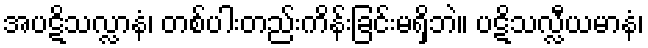
အပဋိသလ္လာနံ၊ တစ်ပါးတည်းကိန်းခြင်းမရှိဘဲ။ ပဋိသလ္လီယမာနံ၊